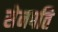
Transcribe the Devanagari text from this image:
सेनपति